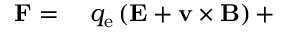
\begin{array} { r l } { \mathbf { F } = { } } & { { } q _ { \mathrm { e } } \left( \mathbf { E } + \mathbf { v } \times \mathbf { B } \right) + } \end{array}